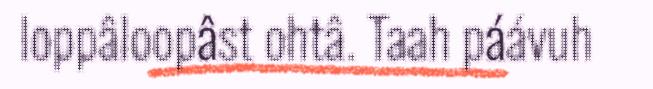
loppâloopâst ohtâ. Taah páávuh